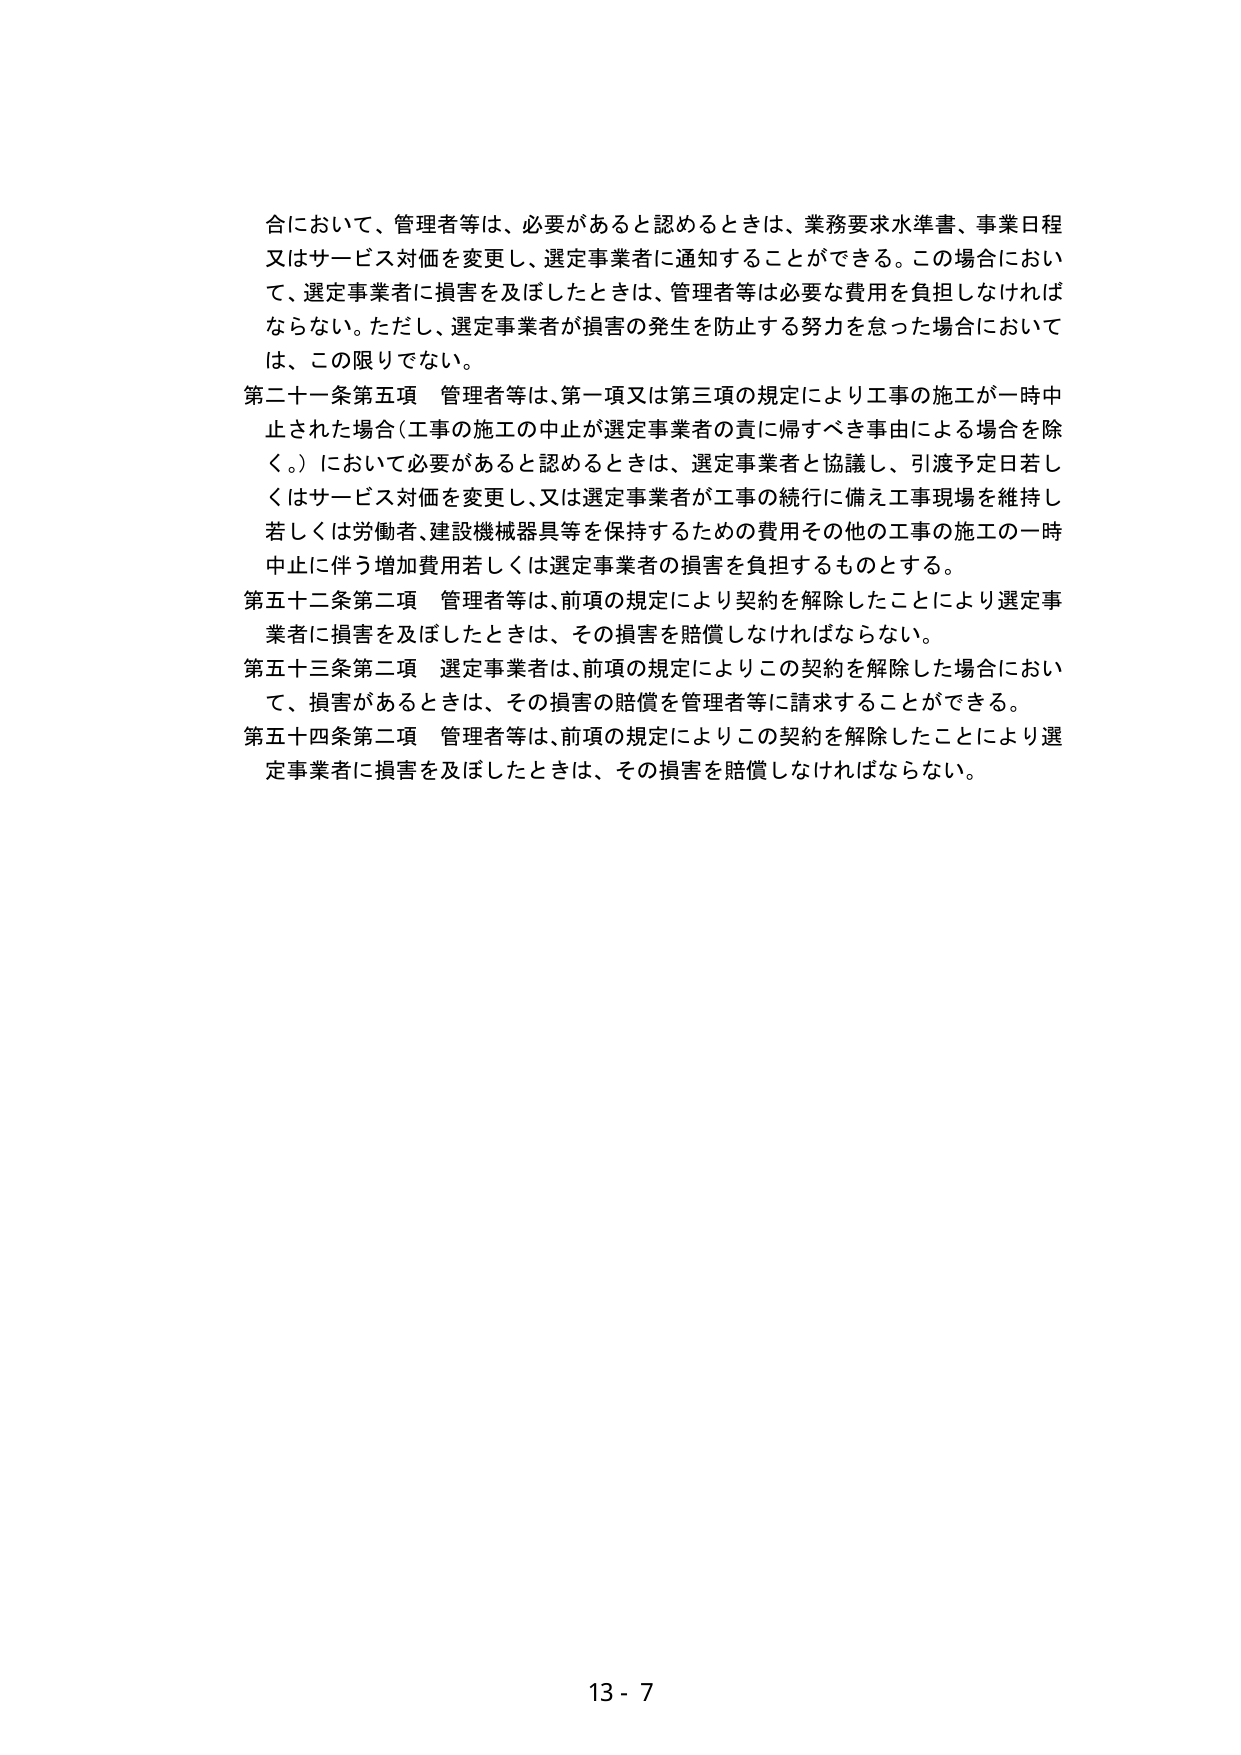
合において、管理者等は、必要があると認めるときは、業務要求水準書、事業日程又はサービス対価を変更し、選定事業者に通知することができる。この場合において、選定事業者に損害を及ぼしたときは、管理者等は必要な費用を負担しなければならない。ただし、選定事業者が損害の発生を防止する努力を怠った場合においては、この限りでない。

第二十一条第五項 管理者等は、第一項又は第三項の規定により工事の施工が一時中止された場合（工事の施工の中止が選定事業者の責に帰すべき事由による場合を除く。）において必要があると認めるときは、選定事業者と協議し、引渡予定日若しくはサービス対価を変更し、又は選定事業者が工事の続行に備え工事現場を維持し若しくは労働者、建設機械器具等を保持するための費用その他の工事の施工の一時中止に伴う増加費用若しくは選定事業者の損害を負担するものとする。

第五十二条第二項 管理者等は、前項の規定により契約を解除したことにより選定事業者に損害を及ぼしたときは、その損害を賠償しなければならない。

第五十三条第二項 選定事業者は、前項の規定によりこの契約を解除した場合において、損害があるときは、その損害の賠償を管理者等に請求することができる。

第五十四条第二項 管理者等は、前項の規定によりこの契約を解除したことにより選定事業者に損害を及ぼしたときは、その損害を賠償しなければならない。

13 - 7